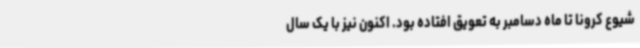
شیوع کرونا تا ماه دسامبر به تعویق افتاده بود. اکنون نیز با یک سال